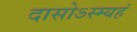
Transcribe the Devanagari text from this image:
दासोऽस्म्यहं